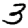
Digit: 3